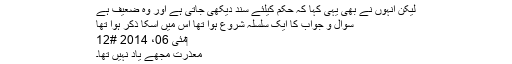
لیکن انہوں نے بھی یہی کہا کہ حکم کیلئے سند دیکھی جاتی ہے اور وہ ضعیف ہے
سوال و جواب کا ایک سلسلہ شروع ہوا تھا اس میں اسکا ذکر ہوا تھا
‏مئی 06، 2014 #12
معذرت مجھے یاد نہیں تھا۔